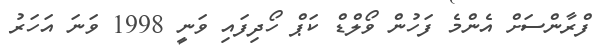
ފްރާންސަށް އެންމެ ފަހުން ވޯލްޑް ކަޕް ހޯދިފައި ވަނީ 1998 ވަނަ އަހަރު